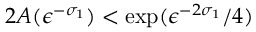
2 A ( \epsilon ^ { - \sigma _ { 1 } } ) < \exp ( \epsilon ^ { - 2 \sigma _ { 1 } } / 4 )